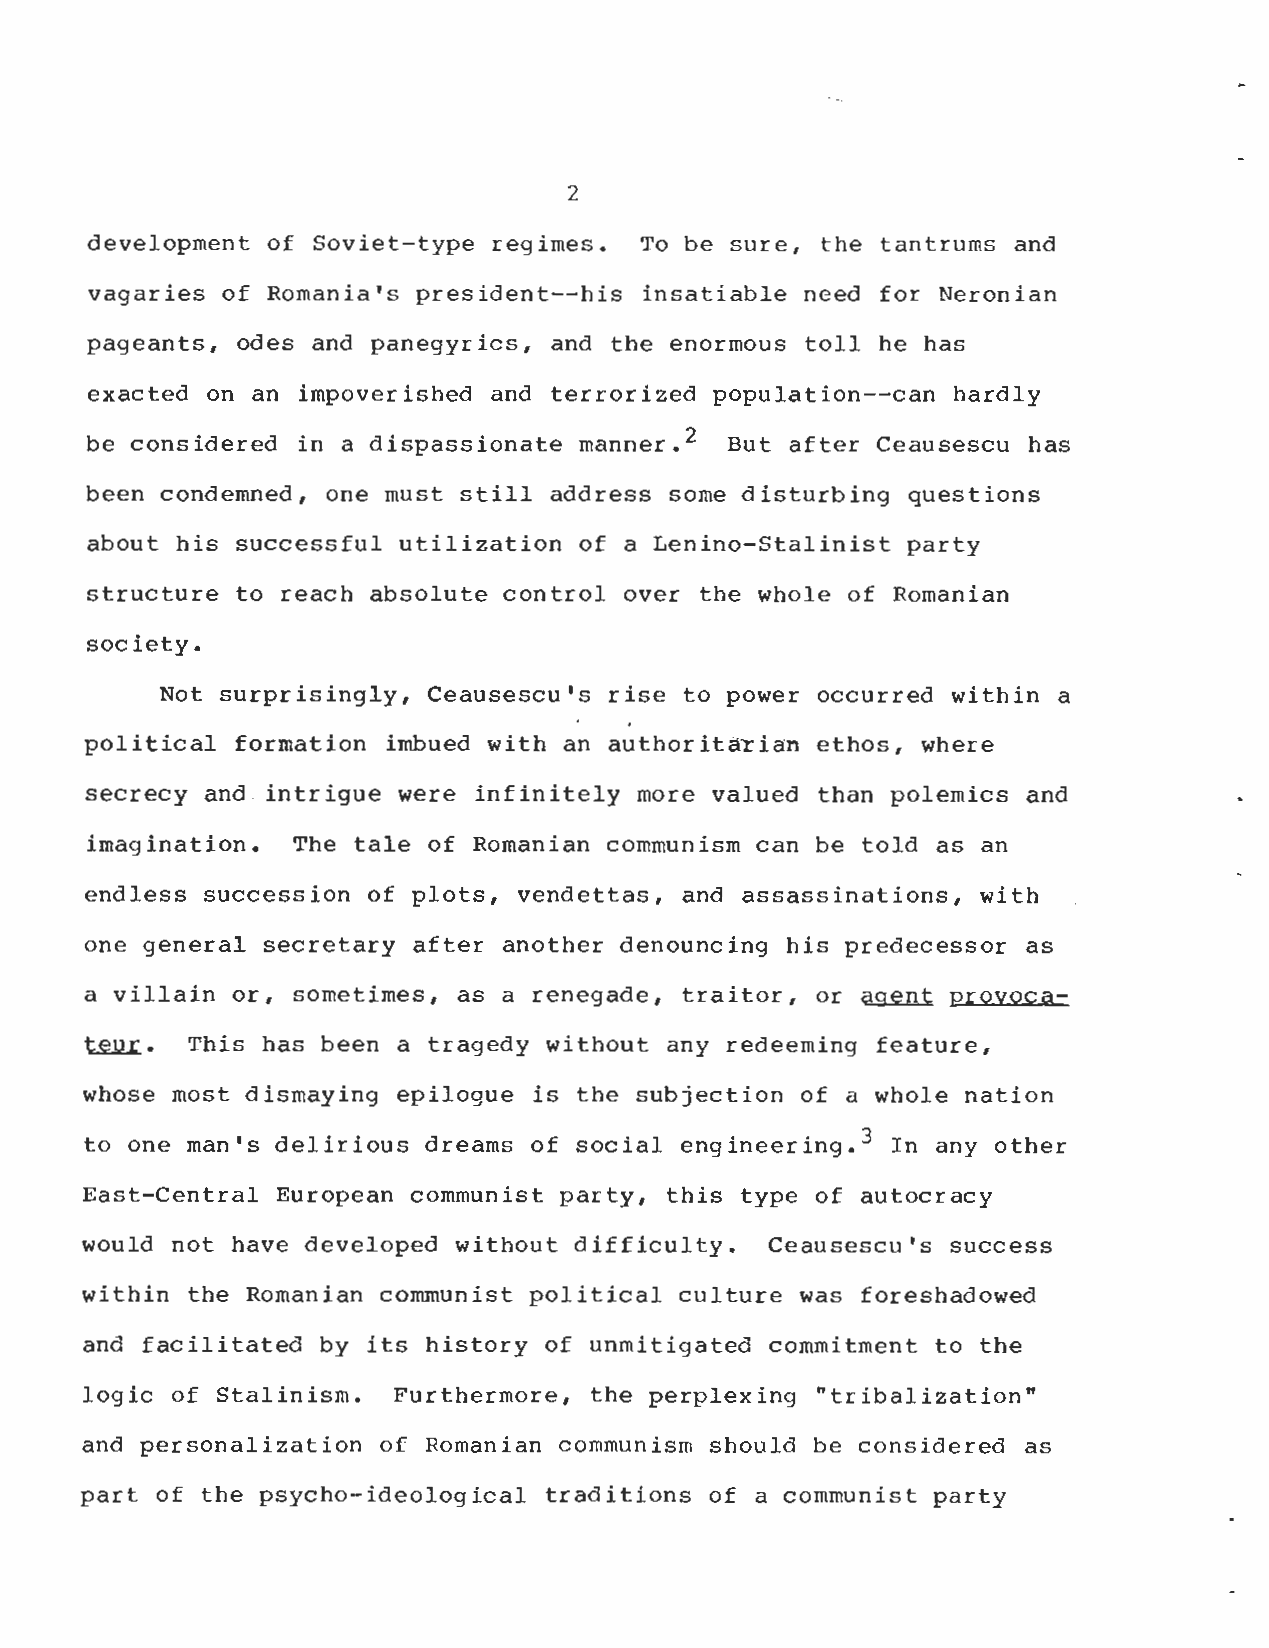
2
 development of Soviet-type regimes . To be sure, the tantrums and
 vagaries of Romania's president--his insatiable need for Neronia n
 pageants, odes and panegyrics, and the enormous toll he has
 exacted on an impoverished and terrorized population--can hardl y
 be considered in a dispassionate manner . 2 But after Ceausescu has
 been condemned, one must still address some disturbing questions
 about his successful utilization of a Lenino-Stalinist part y
 structure to reach absolute control over the whole of Romanian
 society .
 Not surprisingly, Ceausescu's rise to power occurred within a
 political formation imbued with an authoritarian ethos, where
 secrecy and . intrigue were infinitely more valued than polemics and
 imagination . The tale of Romanian communism can be told as an
 endless succession of plots, vendettas, and assassinations, with
 one general secretary after another denouncing his predecessor as
 a villain or, sometimes, as a renegade, traitor, or agent provoca-
 teur . This has been a tragedy without any redeeming feature ,
 whose most dismaying epilogue is the subjection of a whole nation
 to one man's delirious dreams of social engineering . 3 In any other
 East-Central European communist party, this type of autocracy
 would not have developed without difficulty . Ceausescu's success
 within the Romanian communist political culture was foreshadowed
 and facilitated by its history of unmitigated commitment to th e
 logic of Stalinism.  Furthermore, the perplexing "tribalization "
 and personalization of Romanian communism should be considered as
 part of the psycho-ideological traditions of a communist party